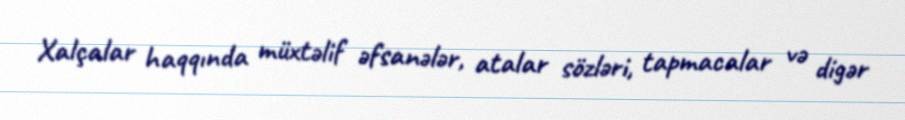
Xalçalar haqqında müxtəlif əfsanələr, atalar sözləri, tapmacalar və digər